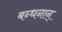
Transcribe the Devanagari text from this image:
बन्धनान्